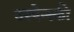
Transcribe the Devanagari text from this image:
उस्पेन्स्की